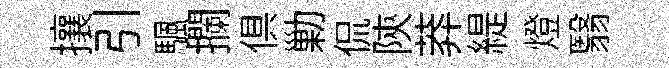
攘引颿攔俱勦侃陝莽緹燈翳